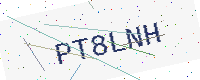
Text: PT8LNH